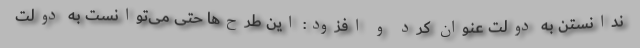
ندانستن به دولت عنوان کرد و افزود: این طرح‌ها حتی می‌توانست به دولت